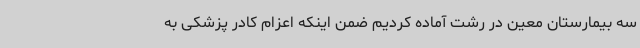
سه بیمارستان معین در رشت آماده کردیم ضمن اینکه اعزام کادر پزشکی به